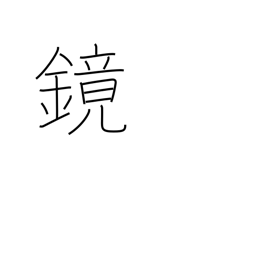
Meaning: barrel-head